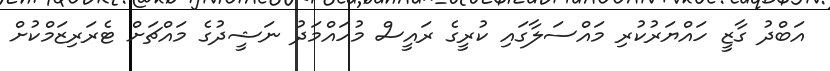
އަބްދު ގާޒީ ހައްޔަރުކުރި މައްސަލާގައި ކުރީގެ ރައީސް މުހައްމަދު ނަޝީދުގެ މައްޗަށް ޓެރަރިޒަމްކުށް